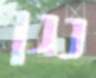
נגן